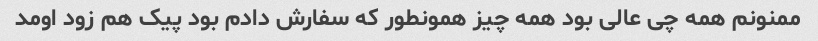
ممنونم همه چی عالی بود همه چیز همونطور که سفارش دادم بود پیک هم زود اومد